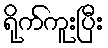
ရိုက်ကူးပြီး